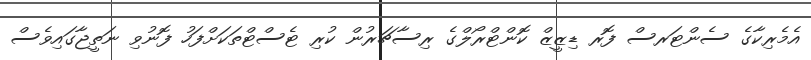
އެމެރިކާގެ ސެންޓަރސް ފޮރ ޑިޒީޒް ކޮންޓްރޯލްގެ ރިސާޗަރުން ކުރި ޓެސްޓްތަކަށްފަހު ފޮނުވި ނަތީޖާގައިވެސް